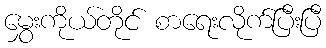
မွှေးကိုယ်တိုင် စာရေးလိုက်ပြီးပြီ